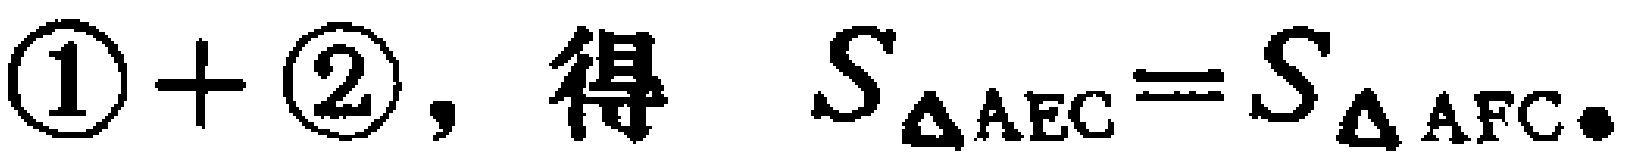
$\textcircled{1}+\textcircled{2},\ 得\ \ S_{\triangle \text{AEC}} = S_{\triangle \text{AFC}}.$